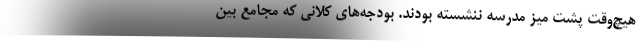
هیچ‌وقت پشت میز مدرسه ننشسته بودند. بودجه‌های کلانی که مجامع بین‌